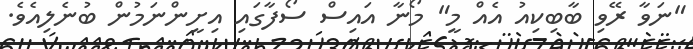
"ނަވާ ރޭވި ބާބިކިއު އެއް މީ" މޯނާ އައިސް ސޯފާގައި އިށީންނަމުން ބުނެލިއެވެ.